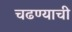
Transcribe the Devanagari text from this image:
चढण्याची